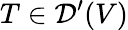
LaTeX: T\in{\mathcal{D}}^{\prime}(V)